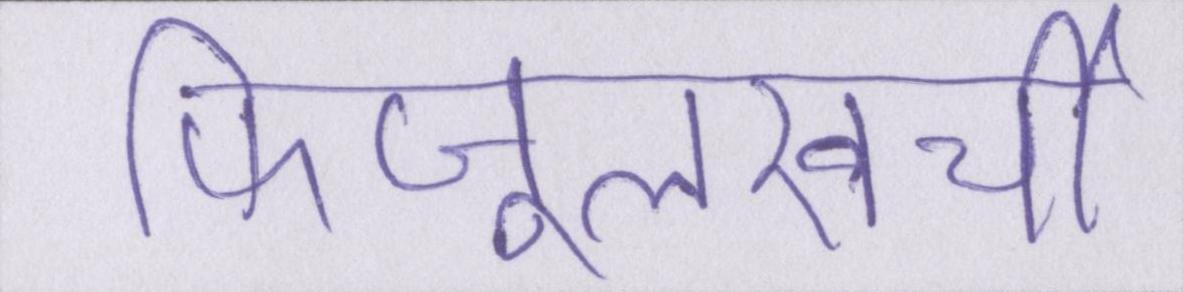
फिजूलखर्ची